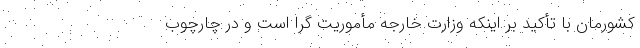
کشورمان با تأکید بر اینکه وزارت خارجه مأموریت گرا است و در چارچوب